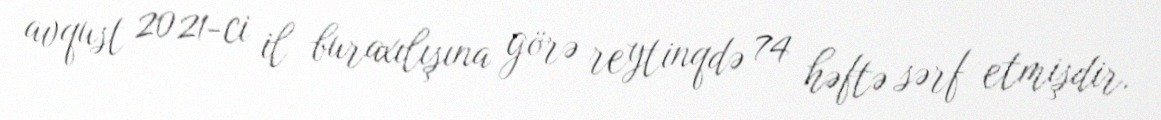
avqust 2021-ci il buraxılışına görə reytinqdə 74 həftə sərf etmişdir.